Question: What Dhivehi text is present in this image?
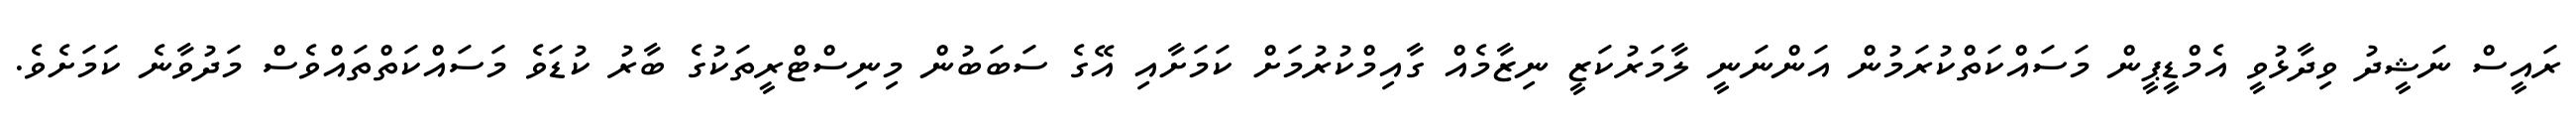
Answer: ރައީސް ނަޝީދު ވިދާޅުވީ އެމްޑީޕީން މަސައްކަތްކުރަމުން އަންނަނީ ލާމަރުކަޒީ ނިޒާމެއް ގާއިމްކުރުމަށް ކަމަށާއި އޭގެ ސަބަބުން މިނިސްޓްރީތަކުގެ ބާރު ކުޑަވެ މަސައްކަތްތައްވެސް މަދުވާނެ ކަމަށެވެ.